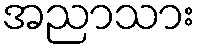
အညာသား